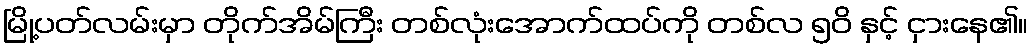
မြို့ပတ်လမ်းမှာ တိုက်အိမ်ကြီး တစ်လုံးအောက်ထပ်ကို တစ်လ ၅၀ိ နှင့် ငှားနေ၏။